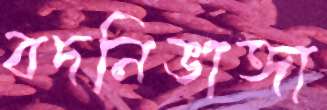
বদনিভাঙ্গা